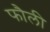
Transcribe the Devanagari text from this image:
फौली